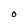
Character: O